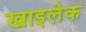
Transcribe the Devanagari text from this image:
खाइलेक